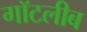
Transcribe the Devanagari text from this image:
गॉटलीब